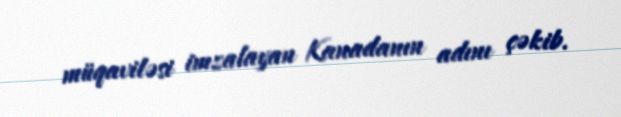
müqaviləsi imzalayan Kanadanın adını çəkib.